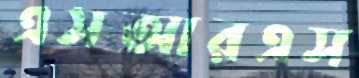
এসআরএস